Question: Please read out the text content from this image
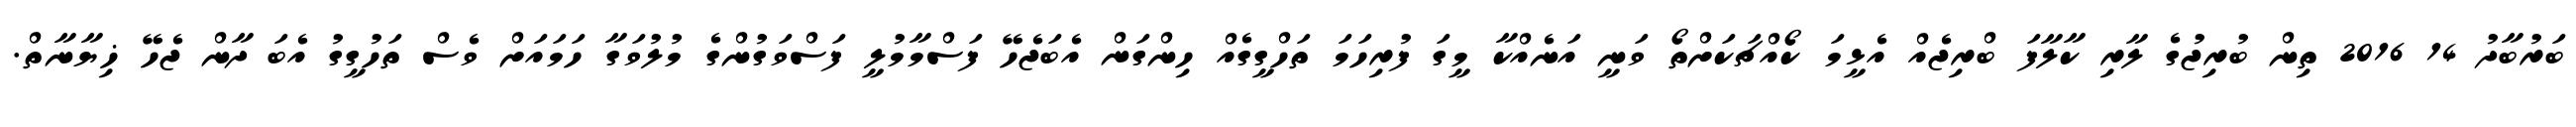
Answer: ބަރުބާދު 14 2016 ތިން ބުރިޖުގެ ލާރި ކާލާފަ ބްރިޖެއް އެޅީމަ ކޯއްޗަކަށްތޯ ވަނީ އަނެއްކާ މީގަ ފުރިހަމަ ތަހްގީގެއް ހިންގަން އެބަޖެހޭ ފަސްމާމުލީ ފަސްވަގުންގެ މުލުވަގާ ހަމައަށް ވެސް ތަހުގީގު އެބަ ދާން ޖެހޭ ޚިޔާނާތް.